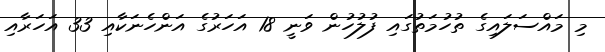
މި މައްސަލައިގެ ތުހުމަތުގައި ފުލުހުން ވަނީ 18 އަހަރުގެ އަންހެނަކާއި 33 އަހަރާއި